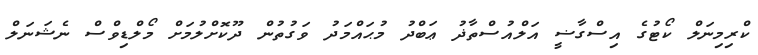
ކްރިމިނަލް ކޯޓުގެ އިސްގާޟީ އަލްއުސްތާޛު ޢަބްދު މުޙައްމަދު ވަގުތުން ދޫކޮށްލުމަށް މޯލްޑިވްސް ނެޝަނަލް